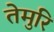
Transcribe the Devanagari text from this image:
तेमुरि